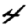
Digit: 4